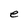
Character: e